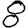
Digit: 8